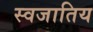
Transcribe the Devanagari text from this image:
स्वजातिय